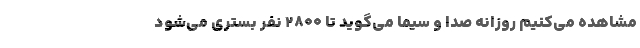
مشاهده می‌کنیم روزانه صدا و سیما می‌گوید تا ۲۸۰۰ نفر بستری می‌شود